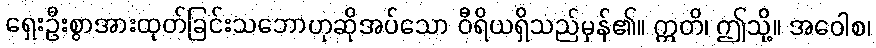
ရှေးဦးစွာအားထုတ်ခြင်းသဘောဟုဆိုအပ်သော ဝီရိယရှိသည်မှန်၏။ ဣတိ၊ ဤသို့။ အဝေါစ၊